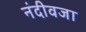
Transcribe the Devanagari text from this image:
नंदीवजा